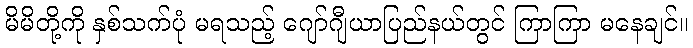
မိမိတို့ကို နှစ်သက်ပုံ မရသည့် ဂျော်ဂျီယာပြည်နယ်တွင် ကြာကြာ မနေချင်။